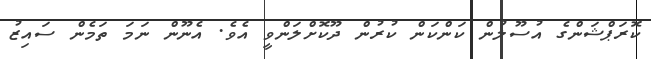
ކޮރަޕްޝަންގެ އުސޫލުން ކަންކަން ކުރުން ދޫކޮށްލަންވީ އެވެ. އެނޫން ނަމަ ތަމެން ސައިޒު